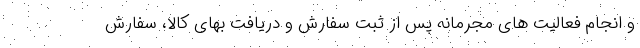
و انجام فعالیت های مجرمانه پس از ثبت سفارش و دریافت بهای کالا، سفارش